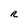
Character: R